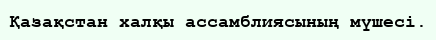
Қазақстан халқы ассамблиясының мүшесі.